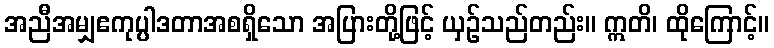
အညီအမျှဧကုပ္ပါဒတာအစရှိသော အပြားတို့ဖြင့် ယှဉ်သည်တည်း။ ဣတိ၊ ထိုကြောင့်။